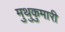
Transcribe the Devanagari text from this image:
मुथुकुमारी